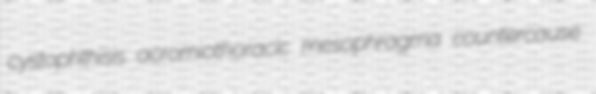
cystophthisis acromiothoracic mesophragma countercause